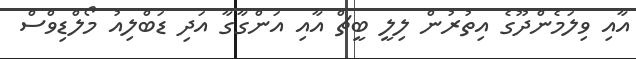
އާއި ވިލަމެންދޫގެ އިތުރުން ލިލީ ބީޗް އާއި އަންގާގާ އަދި ޑަބްލިއު މޯލްޑިވްސް